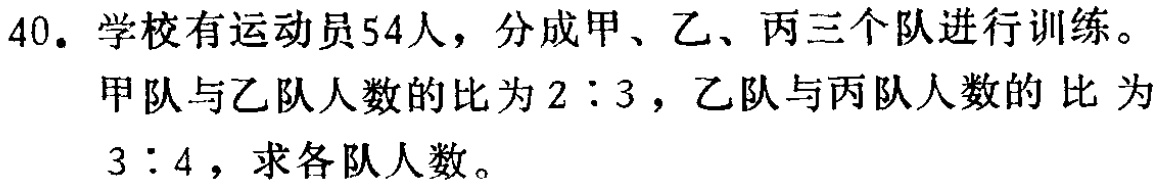
40. 学校有运动员54人，分成甲、乙、丙三个队进行训练。

甲队与乙队人数的比为\(2:3\)，乙队与丙队人数的比为\(3:4\)，求各队人数。